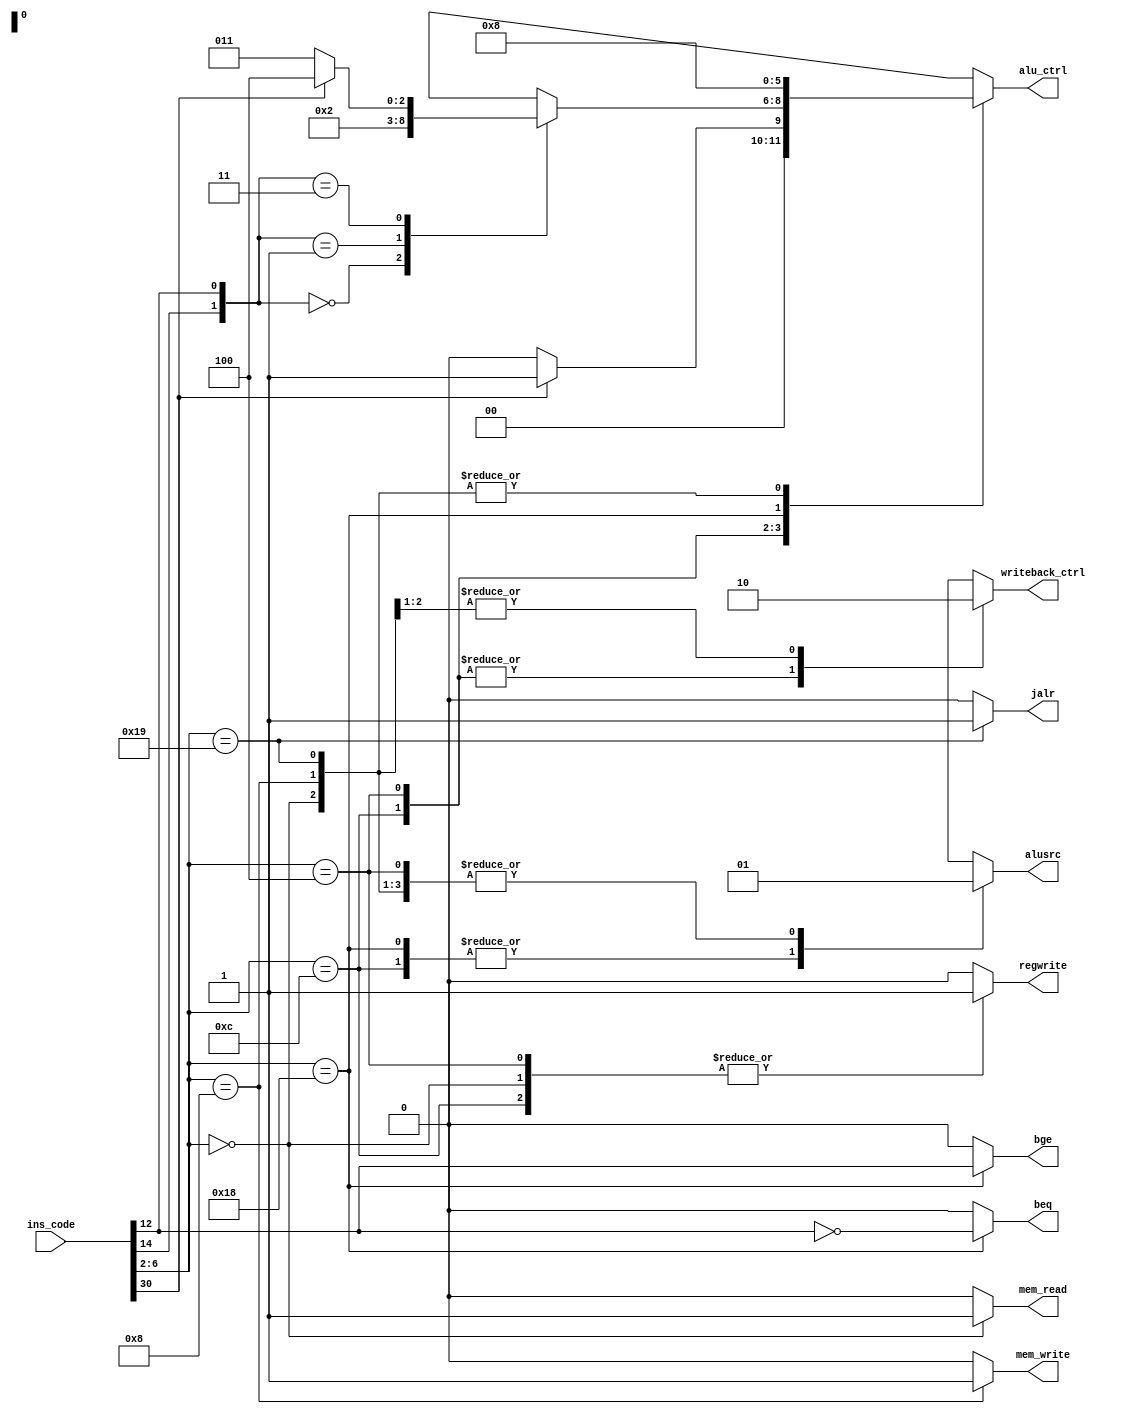
`timescale 1ns / 1ps
//////////////////////////////////////////////////////////////////////////////////
// Company: 
// 
// Design Name: 
// Module Name:    control_unit 
// Project Name: RISC V Processor Design
// Target Devices: 
// Tool versions: 
// Description: 
//
// Dependencies: 
//
// Revision: 
// Revision 0.01 - File Created
// Additional Comments: 
//
//////////////////////////////////////////////////////////////////////////////////
module control_unit(input [31:0] ins_code, output reg alusrc, output reg writeback_ctrl, output reg mem_read,
output reg regwrite, output reg mem_write, output reg [2:0] alu_ctrl, output reg bge, output reg beq, output reg jalr
    );
always@(ins_code)
begin
case(ins_code[6:2])
5'b01100:begin
			alusrc=1'b0; writeback_ctrl=1'b1; mem_read=1'b0; regwrite=1'b1; mem_write=1'b0; bge=1'b0; beq=1'b0;
			jalr=1'b0; alu_ctrl=ins_code[30]?3'b001:3'b000;
			end
5'b00100:begin
			alusrc=1'b1; writeback_ctrl=1'b1; mem_read=1'b0; regwrite=1'b1; mem_write=1'b0; bge=1'b0; beq=1'b0;
			jalr=1'b0;
			case({ins_code[14],ins_code[12]})
			2'b00:alu_ctrl=3'b000;
			2'b01:alu_ctrl=3'b010;
			2'b11:alu_ctrl=ins_code[30]?3'b100:3'b011;
			default:alu_ctrl=3'bx;
			endcase
			end
5'b00000:begin
			alusrc=1'b1; writeback_ctrl=1'b0; mem_read=1'b1; regwrite=1'b1; mem_write=1'b0; bge=1'b0; beq=1'b0;
			jalr=1'b0; alu_ctrl=3'b000;
			end
5'b01000:begin
			alusrc=1'b1; writeback_ctrl=1'b0; mem_read=1'b0; regwrite=1'b0; mem_write=1'b1; bge=1'b0; beq=1'b0;
			jalr=1'b0; alu_ctrl=3'b000;
			end
5'b11000:begin
			alusrc=1'b0; writeback_ctrl=1'bx; mem_read=1'b0; regwrite=1'b0; mem_write=1'b0; jalr=1'b0; alu_ctrl=3'b001;
			bge=ins_code[12]; beq=~ins_code[12];
			end
5'b11001:begin
			alusrc=1'b1; writeback_ctrl=1'bx; mem_read=1'b0; regwrite=1'b0; mem_write=1'b0; bge=1'b0; beq=1'b0;
			jalr=1'b1; alu_ctrl=3'b000;
			end
default: begin
			alusrc=1'bx; writeback_ctrl=1'bx; mem_read=1'b0; regwrite=1'b0; mem_write=1'b0; bge=1'b0; beq=1'b0;
			jalr=1'b0; alu_ctrl=3'bx;
			end
endcase
end
endmodule